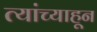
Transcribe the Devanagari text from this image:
त्यांच्याहून